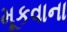
મૂકવાના